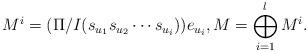
LaTeX: \begin{align*}&M^{i}=(\Pi/I(s_{u_{1}}s_{u_{2}}\cdots s_{u_{i}}))e_{u_{i}}, M=\bigoplus_{i=1}^{l}M^{i}.\end{align*}